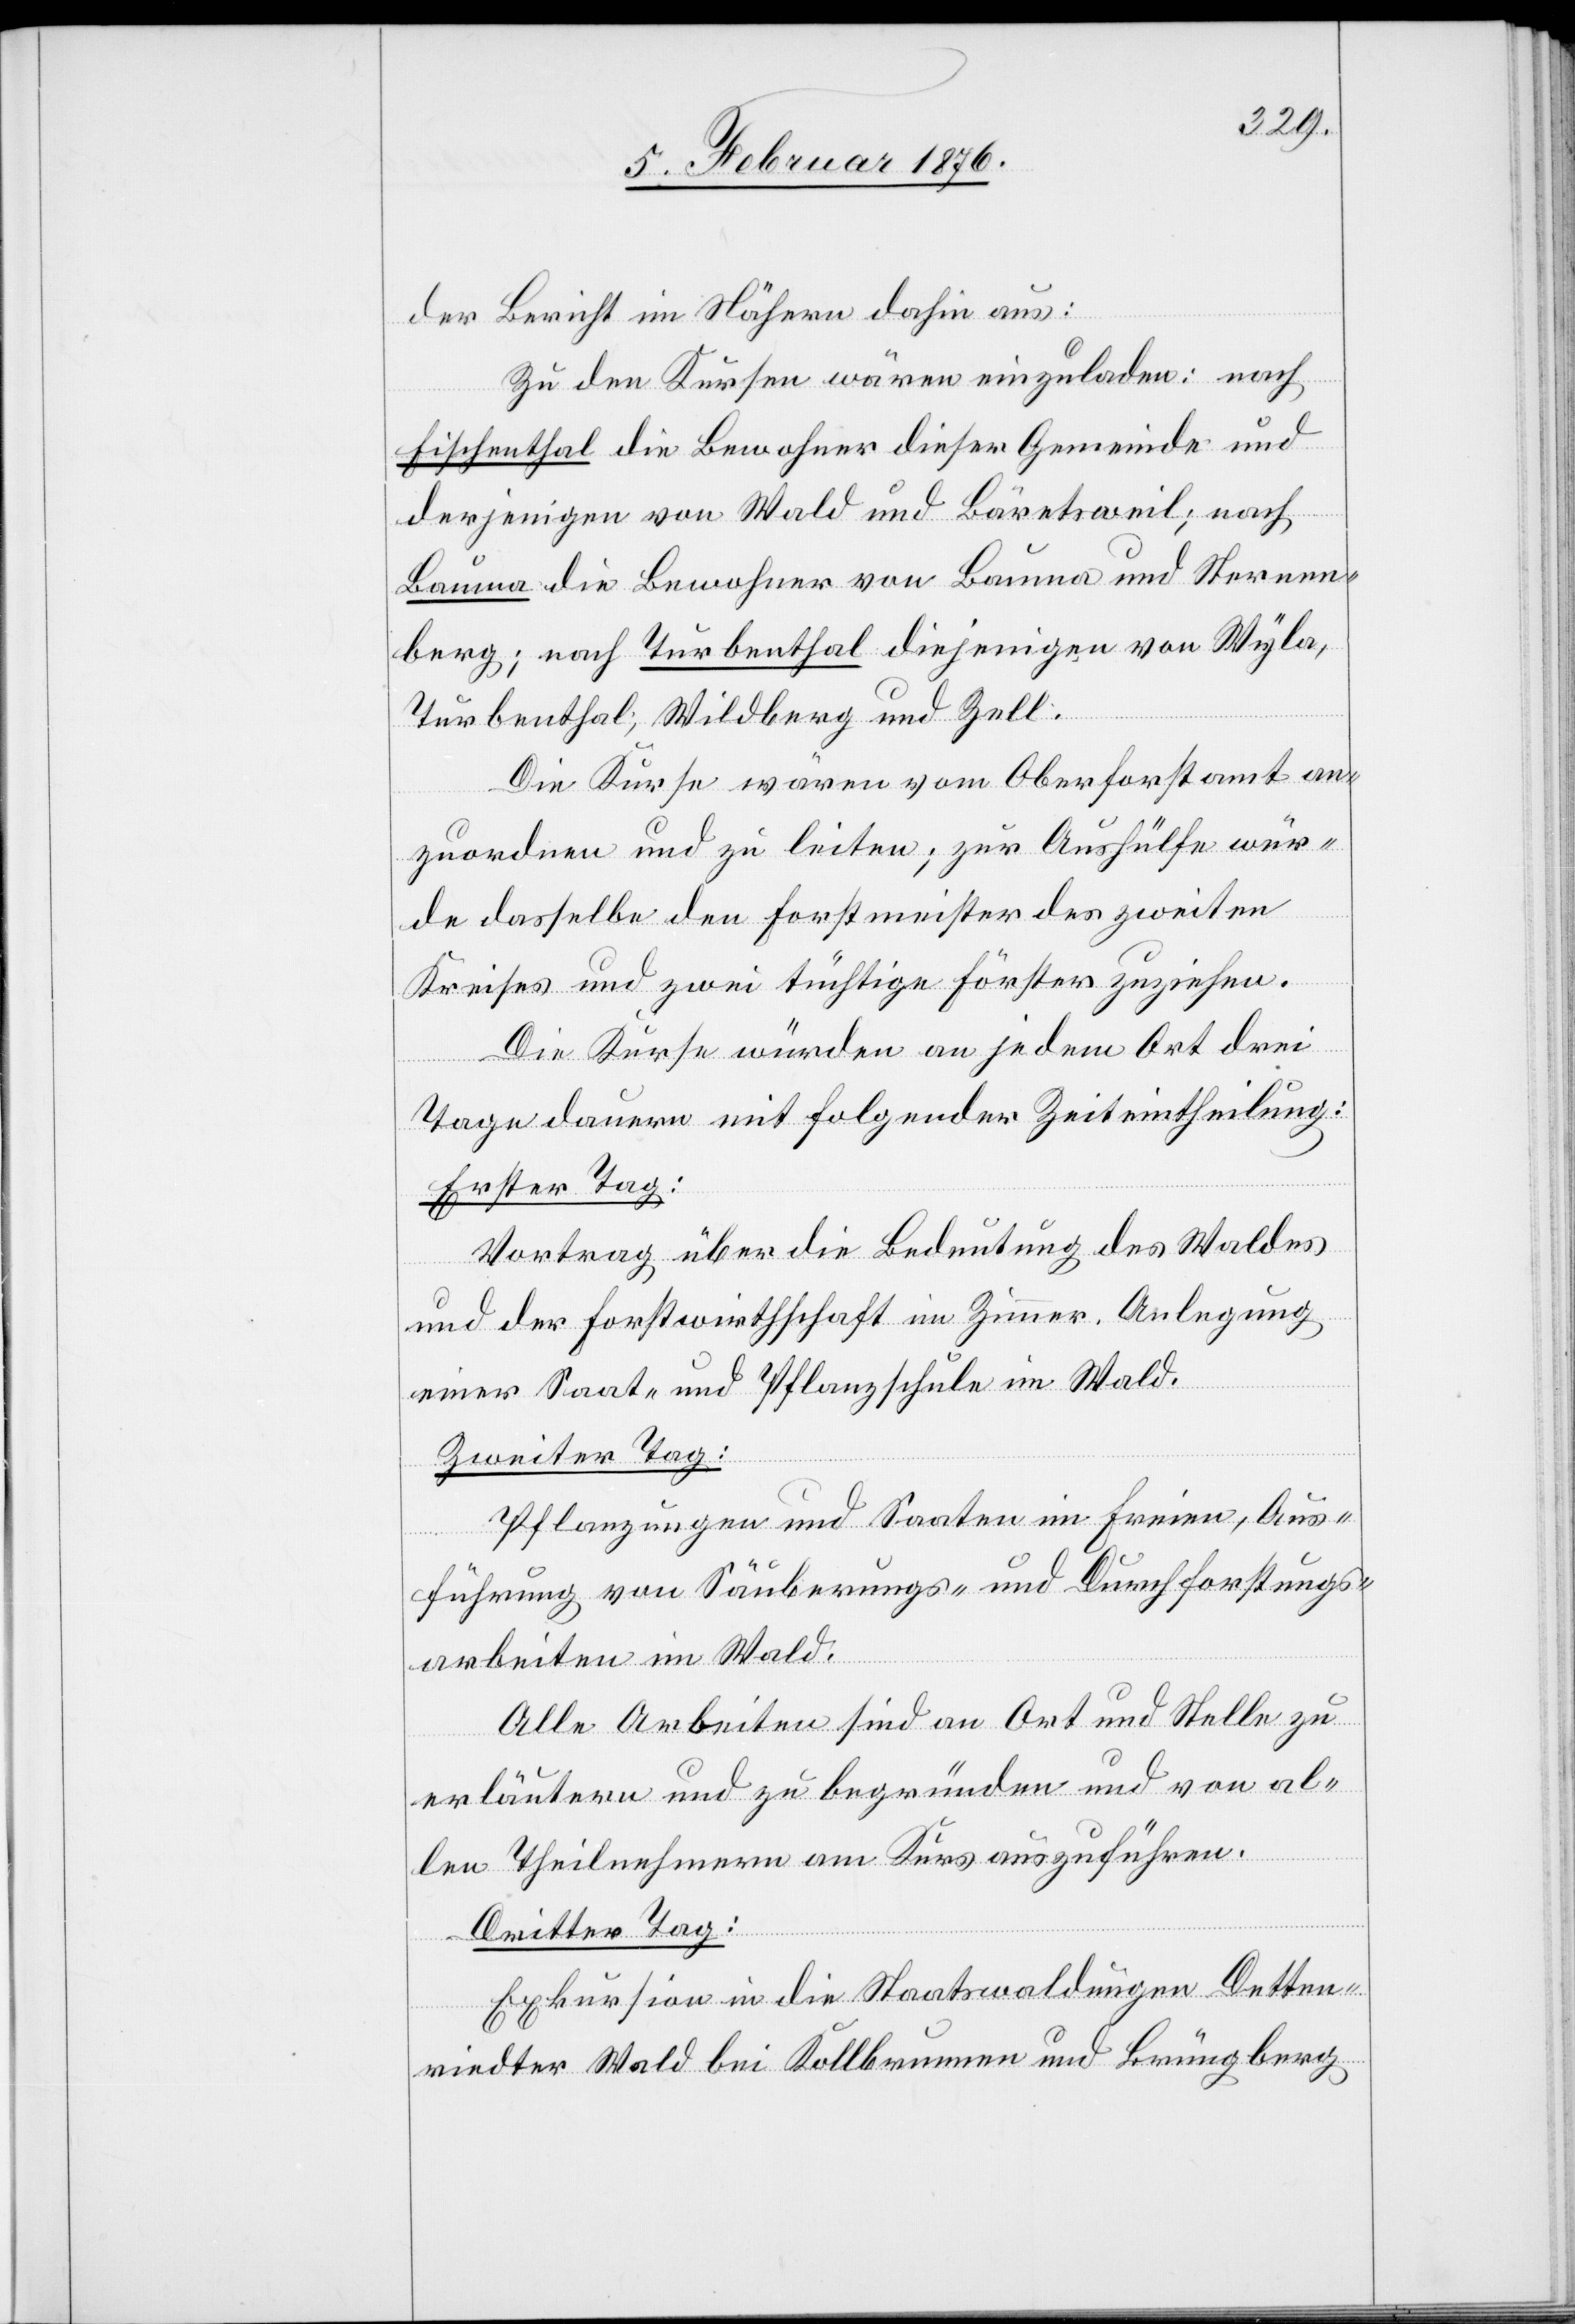
der Bericht im Näheren dahin aus:
Zu den Kursen wären einzuladen: Nach
Fischenthal die Bewohner dieser Gemeinde und
derjenigen von Wald und Bäretsweil; nach
Bauma die Bewohner von Bauma und Sternen¬
berg; nach Turbenthal diejenigen von Wyla,
Turbenthal, Wildberg und Zell.
Die Kurse wären vom Oberforstamt an¬
zuordnen und zu leiten; zur Aushülfe wür¬
de dasselbe den Forstmeister des zweiten
Kreises und zwei tüchtige Förster zuziehen.
Die Kurse würden an jedem Ort drei
Tage dauern mit folgender Zeiteintheilung:
Erster Tag:
Vortrag über die Bedeutung des Waldes
und der Forstwirthschaft im Zimmer. Anlegung
einer Saat und Pflanzschule im Wald.
Zweiter Tag:
Pflanzungen und Saaten im Freien, Aus¬
führung von Säuberungs- und Durchforstungs¬
arbeiten im Wald.
Alle Arbeiten sind an Ort und Stelle zu
erläutern und zu begründen und von al¬
len Theilnehmern am Kurs auszuführen.
Dritter Tag:
Exkursion in die Staatswaldungen Detten¬
riedter Wald bei Kollbrunnen und Brunegberg